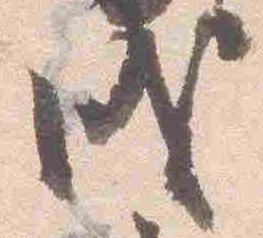
戌